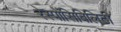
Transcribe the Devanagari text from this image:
रेस्पोंसिबिलिटी